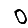
Digit: 0